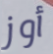
أوز